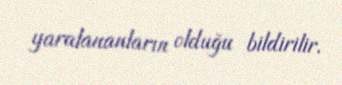
yaralananların olduğu bildirilir.